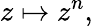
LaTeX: z\mapsto z^{n},